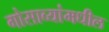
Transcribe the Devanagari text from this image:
गोसाव्यांमधील